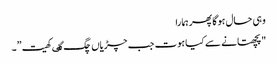
وہی حال ہوگا پھر ہمارا
"پچھتانے سے کیا ہوت جب چڑیاں چگ گٸ کھیت”۔